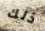
ذلك